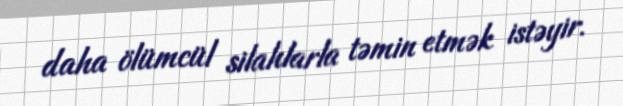
daha ölümcül silahlarla təmin etmək istəyir.